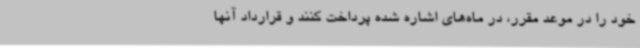
خود را در موعد مقرر، در ماه‌های اشاره شده پرداخت کنند و قرارداد آنها